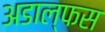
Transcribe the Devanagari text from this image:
अडाल्फस